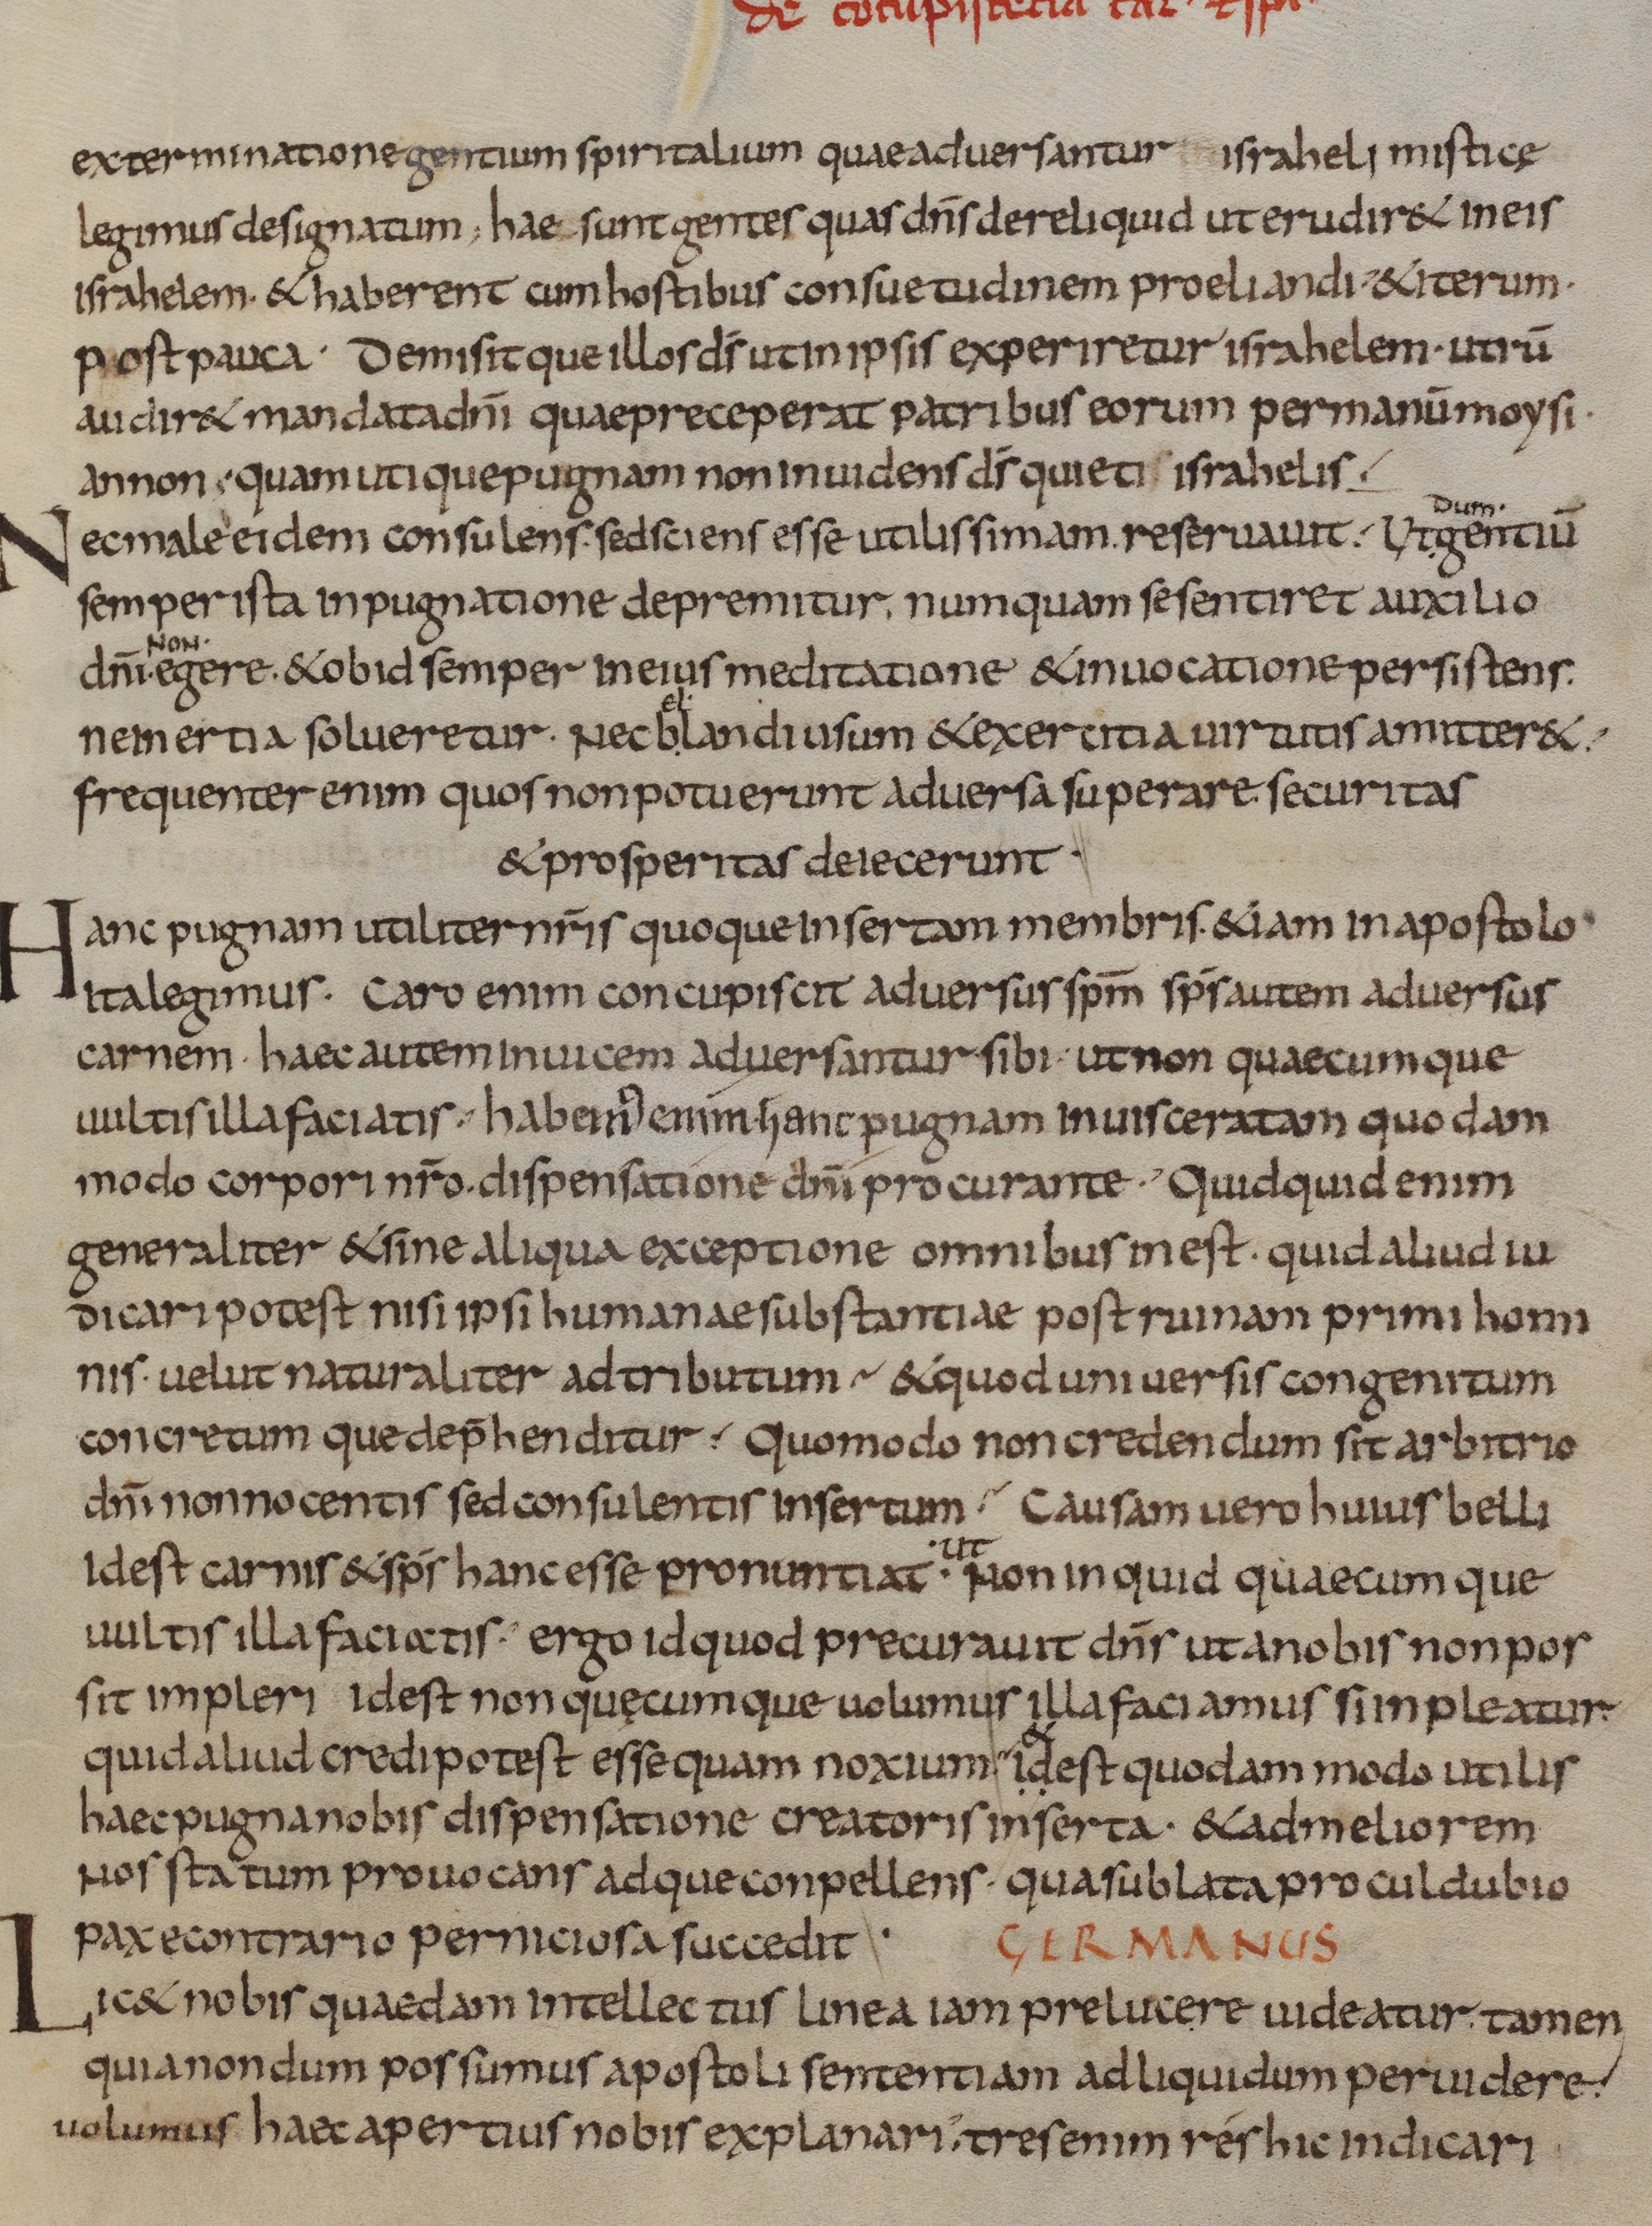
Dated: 833–865